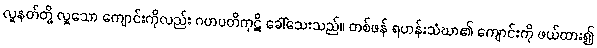
လူနတ်တို့ လှူသော ကျောင်းကိုလည်း ဂဟပတိကုဋိ ခေါ်သေးသည်။ တစ်ဖန် ရဟန်းသံဃာ၏ ကျောင်းကို ဖယ်ထား၍